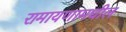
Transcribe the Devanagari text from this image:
रामायणामधील